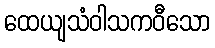
ထေယျသံဝါသကဝီသော